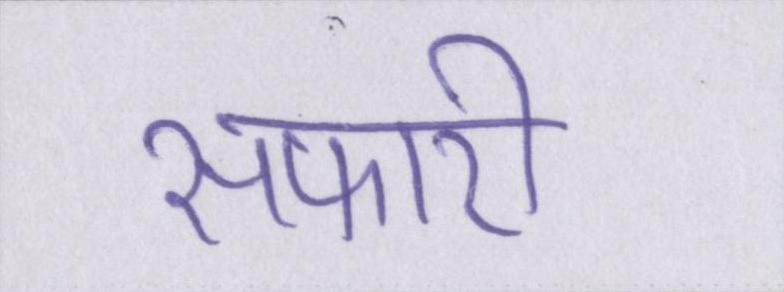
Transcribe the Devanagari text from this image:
सफारी